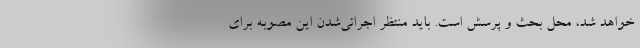
خواهد شد، محل بحث و پرسش است. باید منتظر اجرائی‌شدن این مصوبه برای